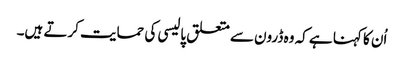
اُن کا کہنا ہے کہ وہ ڈرون سے متعلق پالیسی کی حمایت کرتے ہیں۔